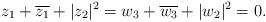
LaTeX: \begin{align*}z_1+\overline{z_1}+|z_2|^2=w_3+\overline{w_3}+|w_2|^2=0.\end{align*}